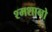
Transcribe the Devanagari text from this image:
श्मशानो